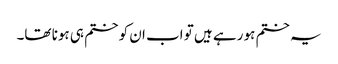
یہ ختم ہو رہے ہیں تو اب ان کو ختم ہی ہونا تھا۔